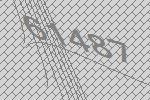
61487